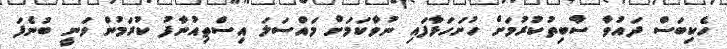
ހެކިބަސް ދައުވާ ސާބިތުކުރުމަށް ހުށަހަޅާފައި ނުވާކަމަށް މައްސަލަ އިސްތިއުނާފު ކުރަމުން ވަނީ ބުނެފަ